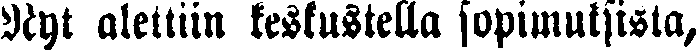
Nyt alettiin keskustella sopimuksista,